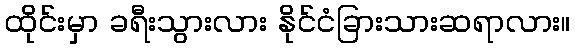
ထိုင်းမှာ ခရီးသွားလား နိုင်ငံခြားသားဆရာလား။